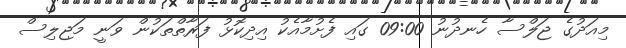
މިއަދުގެ ޖަލްސާ ހެނދުނު 09:00 ގައި ފެށުމާއެކު އިދިކޮޅު ފަރާތްތަކުން ވަނީ މަޖިލިސް